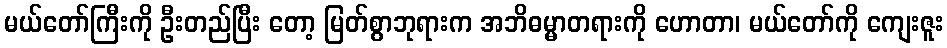
မယ်တော်ကြီးကို ဦးတည်ပြီး တော့ မြတ်စွာဘုရားက အဘိဓမ္မာတရားကို ဟောတာ၊ မယ်တော်ကို ကျေးဇူး